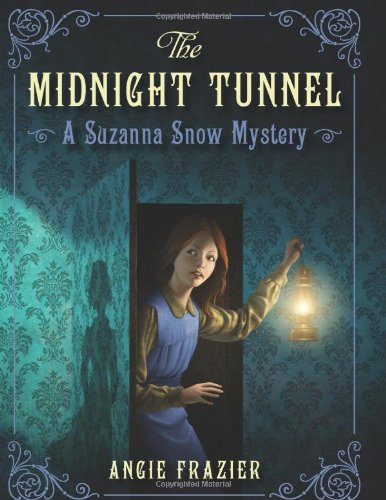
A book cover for The Midnight Tunnel: A Suzanna Snow Mystery (Suzanna Snow Mysteries); Angie Frazier; Children's Books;